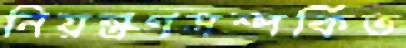
নিয়ন্ত্রণসম্পর্কিত